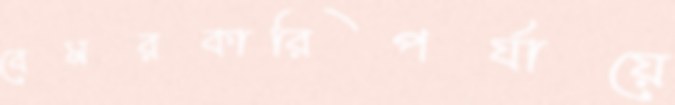
বেসরকারিপর্যায়ে